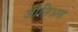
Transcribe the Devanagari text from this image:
जीनिअस